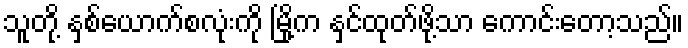
သူတို့ နှစ်ယောက်စလုံးကို မြို့က နှင်ထုတ်ဖို့သာ ကောင်းတော့သည်။